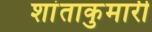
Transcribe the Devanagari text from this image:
शांताकुमारी